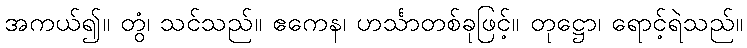
အကယ်၍။ တွံ၊ သင်သည်။ ဧကေန၊ ဟင်္သာတစ်ခုဖြင့်။ တုဋ္ဌော၊ ရောင့်ရဲသည်။